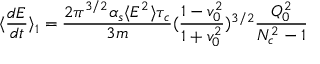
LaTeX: \langle { \frac { d { \cal { E } } } { d t } } \rangle _ { 1 } = { \frac { 2 \pi ^ { 3 / 2 } \alpha _ { s } \langle E ^ { 2 } \rangle \tau _ { c } } { 3 m } } ( { \frac { 1 - v _ { 0 } ^ { 2 } } { 1 + v _ { 0 } ^ { 2 } } } ) ^ { 3 / 2 } { \frac { Q _ { 0 } ^ { 2 } } { N _ { c } ^ { 2 } - 1 } }